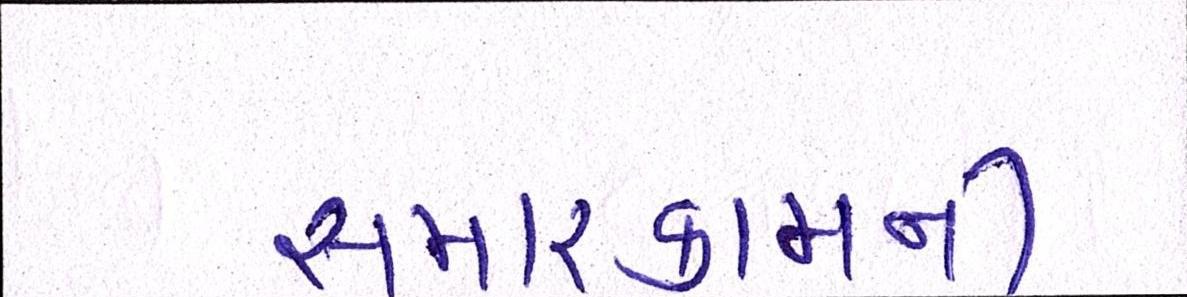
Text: સમારકામની